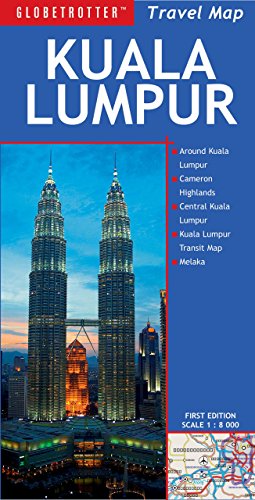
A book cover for Kuala Lumpur Travel Map (Globetrotter Travel Map); Globetrotter; Travel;